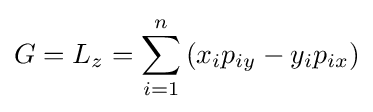
G=L_{z}=\sum _{i=1}^{n}\left(x_{i}p_{iy}-y_{i}p_{ix}\right)